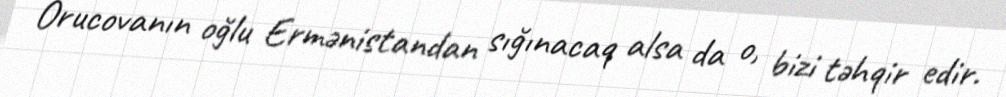
Orucovanın oğlu Ermənistandan sığınacaq alsa da o, bizi təhqir edir.